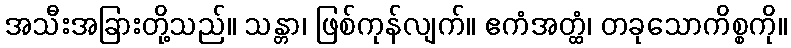
အသီးအခြားတို့သည်။ သန္တာ၊ ဖြစ်ကုန်လျက်။ ဧကံအတ္ထံ၊ တခုသောကိစ္စကို။